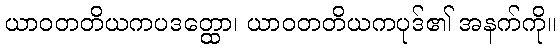
ယာဝတတိယကပဒတ္ထော၊ ယာဝတတိယကပုဒ်၏ အနက်ကို။